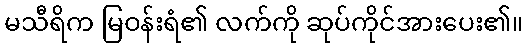
မသီရိက မြဝန်းရံ၏ လက်ကို ဆုပ်ကိုင်အားပေး၏။